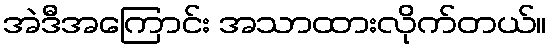
အဲဒီအကြောင်း အသာထားလိုက်တယ်။